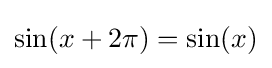
\sin(x+2\pi )=\sin(x)